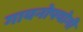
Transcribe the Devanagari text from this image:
गायनोपयोगी